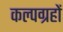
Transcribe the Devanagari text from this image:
कल्पग्रहों